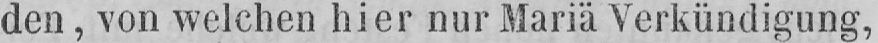
den, von welchen hier nur Mariä Verkündigung,